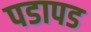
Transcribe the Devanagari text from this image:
पडापड